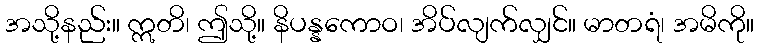
အသို့နည်း။ ဣတိ၊ ဤသို့။ နိပန္နကောဝ၊ အိပ်လျက်လျှင်။ မာတရံ၊ အမိကို။